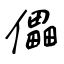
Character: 儡